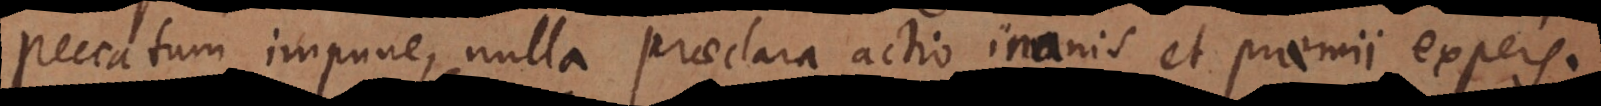
peccatum impune, nulla praeclara actio inanis et praemii expers.